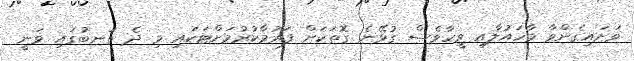
ވަށައިގެންވާ މާހައުލާއި ވީހާވެސް ގުޅޭނެ ގޮތަކަށް ފަރުމާކުރުމަށްޓަކައި މި ދެ ތަނބުގައި ވަނީ